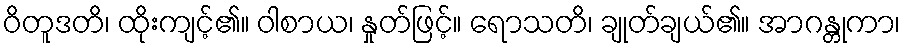
ဝိတူဒတိ၊ ထိုးကျင့်၏။ ဝါစာယ၊ နှုတ်ဖြင့်။ ရောသတိ၊ ချုတ်ချယ်၏။ အာဂန္တုကာ၊